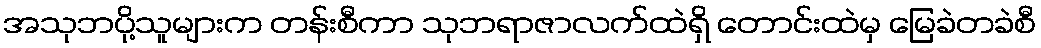
အသုဘပို့သူများက တန်းစီကာ သုဘရာဇာလက်ထဲရှိ တောင်းထဲမှ မြေခဲတခဲစီ